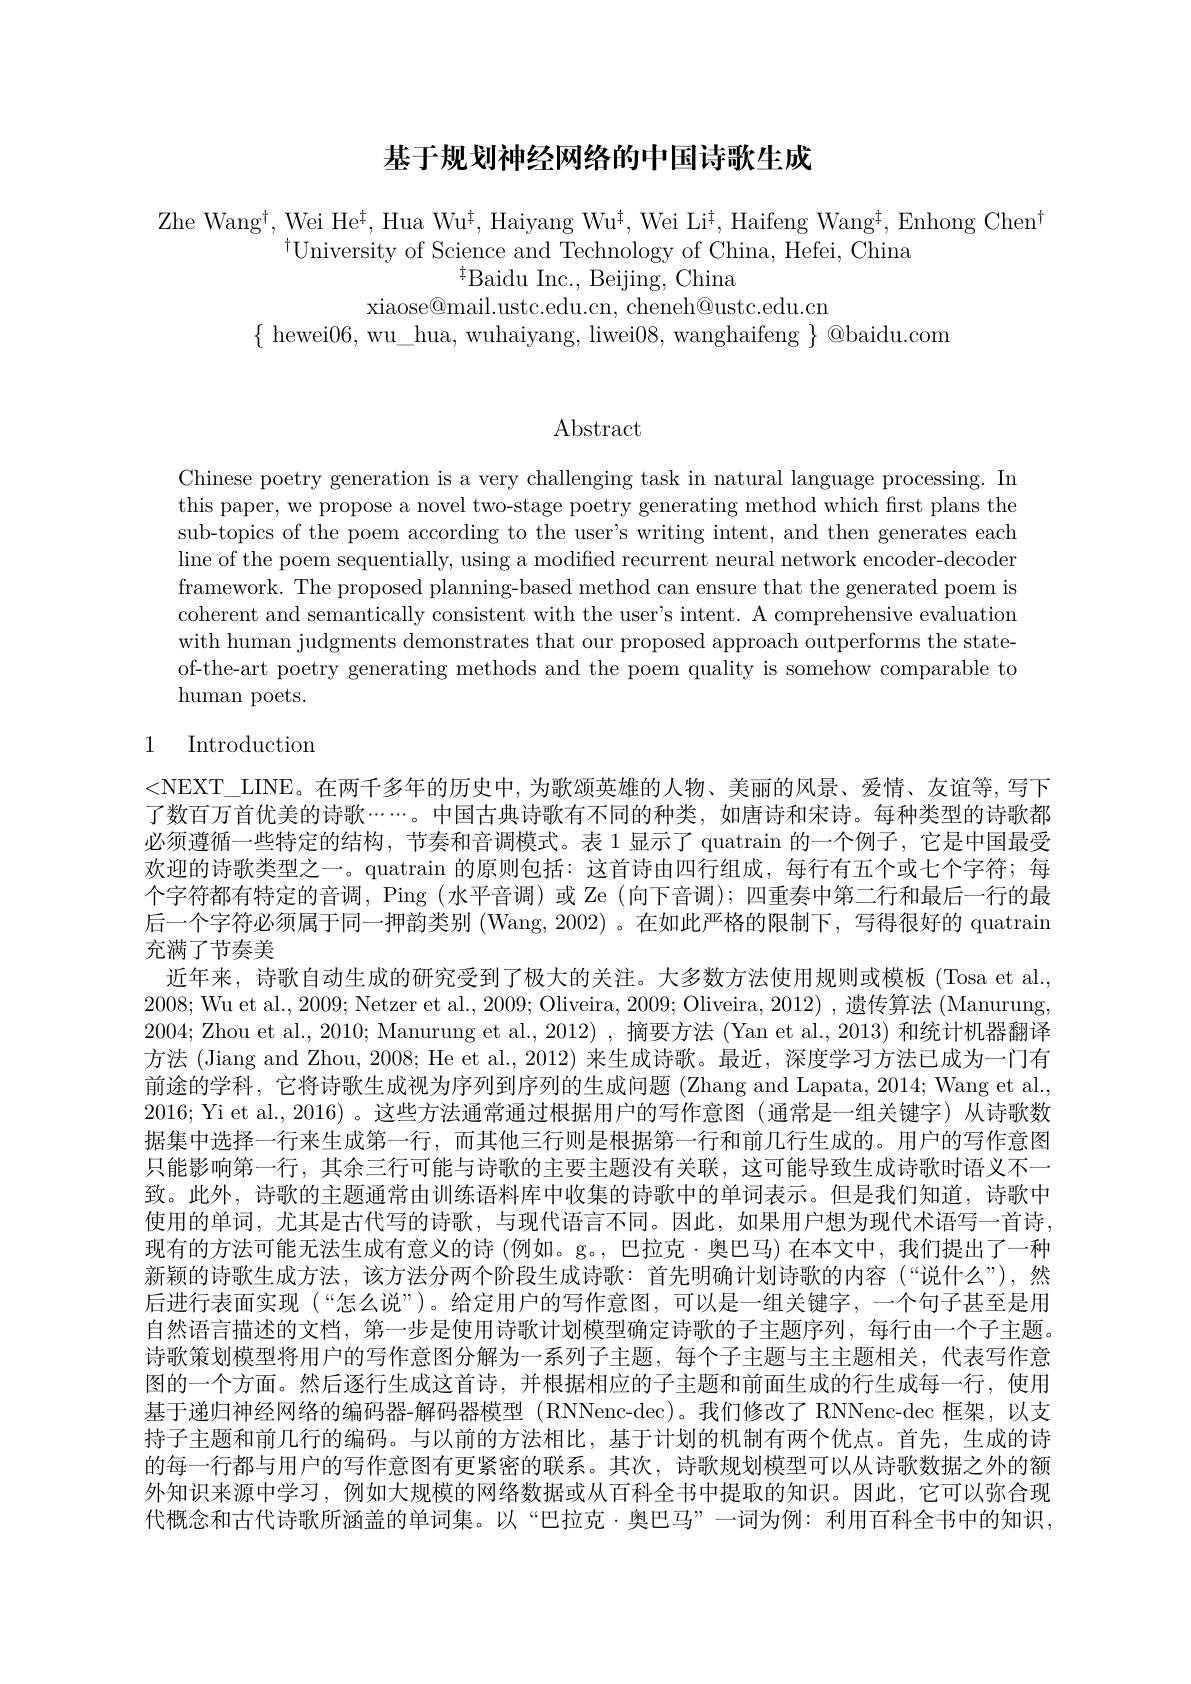
# 基于规划神经网络的中国诗歌生成

Zhe Wang$^{\dagger}$,Wei He$^{\dagger}$,Hua Wu$^{\dagger}$,Haiyang Wu$^{\dagger}$,Wei Li$^{\dagger}$,Haifeng Wang$^{\dagger}$,Enhong Chen$^{\dagger}$
$^{\dagger}$University of Science and Technology of China, Hefei, China
$^{\ddagger}$Baidu Inc., Beijing, China
xiaose@mail.ustc.edu.cn, cheneh@ustc.edu.cn
$\{$ hewei06,wu\_hua, wuhaiyang, liwei08,wanghaifeng $\}$@baidu.com

Abstract

Chinese poetry generation is a very challenging task in natural language processing. In this paper, we propose a novel two-stage poetry generating method which first plans the sub-topics of the poem according to the user's writing intent, and then generates each line of the poem sequentially, using a modified recurrent neural network encoder-decoder framework. The proposed planning-based method can ensure that the generated poem is coherent and semantically consistent with the user's intent. A comprehensive evaluatiom with human judgments demonstrates that our proposed approach outperforms the stateof-the-art poetry generating methods and the poem quality is somehow comparable to human poets.

## 1 Introduction

<NEXT\_LINE。在两千多年的历史中，为歌颂英雄的人物、美丽的风景、爱情、友谊等，写下了数百万首优美的诗歌......。中国古典诗歌有不同的种类，如唐诗和宋诗。每种类型的诗歌都必须遵循一些特定的结构，节奏和音调模式。表 1 显示了 quatrain 的一个例子，它是中国最受欢迎的诗歌类型之一。quatrain 的原则包括：这首诗由四行组成，每行有五个或七个字符；每个字符都有特定的音调，Ping (水平音调)或 Ze (向下音调); 四重奏中第二行和最后一行的最后一个字符必须属于同一押韵类别 (Wang, 2002) 。在如此严格的限制下，写得很好的 quatrain 充满了节奏美
近年来，诗歌自动生成的研究受到了极大的关注。大多数方法使用规则或模板(Tosa et al., 2008; Wu et al., 2009; Netzer et al., 2009; Oliveira, 2009; Oliveira, 2012) , 遗传算法 (Manurung, 方法 (Jiang and Zhou, 2008; He et al., 2012) 来生成诗歌。最近，深度学习方法已成为一门有前途的学科，它将诗歌生成视为序列到序列的生成问题 (Zhang and Lapata, 2014; Wang et al., 2016; Yi et al., 2016)。这些方法通常通过根据用户的写作意图(通常是一组关键字)从诗歌数据集中选择一行来生成第一行，而其他三行则是根据第一行和前几行生成的。用户的写作意图只能影响第一行，其余三行可能与诗歌的主要主题没有关联，这可能导致生成诗歌时语义不一致。此外，诗歌的主题通常由训练语料库中收集的诗歌中的单词表示。但是我们知道，诗歌中使用的单词，尤其是古代写的诗歌，与现代语言不同。因此，如果用户想为现代术语写一首诗， 现有的方法可能无法生成有意义的诗 (例如。g。, 巴拉克·奥巴马) 在本文中，我们提出了一种新颖的诗歌生成方法，该方法分两个阶段生成诗歌：首先明确计划诗歌的内容(“说什么”),然后进行表面实现 (“怎么说”)。给定用户的写作意图，可以是一组关键字，一个句子甚至是用自然语言描述的文档，第一步是使用诗歌计划模型确定诗歌的子主题序列，每行由一个子主题。诗歌策划模型将用户的写作意图分解为一系列子主题，每个子主题与主主题相关，代表写作意图的一个方面。然后逐行生成这首诗，并根据相应的子主题和前面生成的行生成每一行，使用基于递归神经网络的编码器-解码器模型(RNNenc-dec)。我们修改了 RNNenc-dec 框架，以支持子主题和前几行的编码。与以前的方法相比，基于计划的机制有两个优点。首先，生成的诗的每一行都与用户的写作意图有更紧密的联系。其次，诗歌规划模型可以从诗歌数据之外的额外知识来源中学习，例如大规模的网络数据或从百科全书中提取的知识。因此，它可以弥合现代概念和古代诗歌所涵盖的单词集。以“巴拉克·奥巴马”一词为例：利用百科全书中的知识。